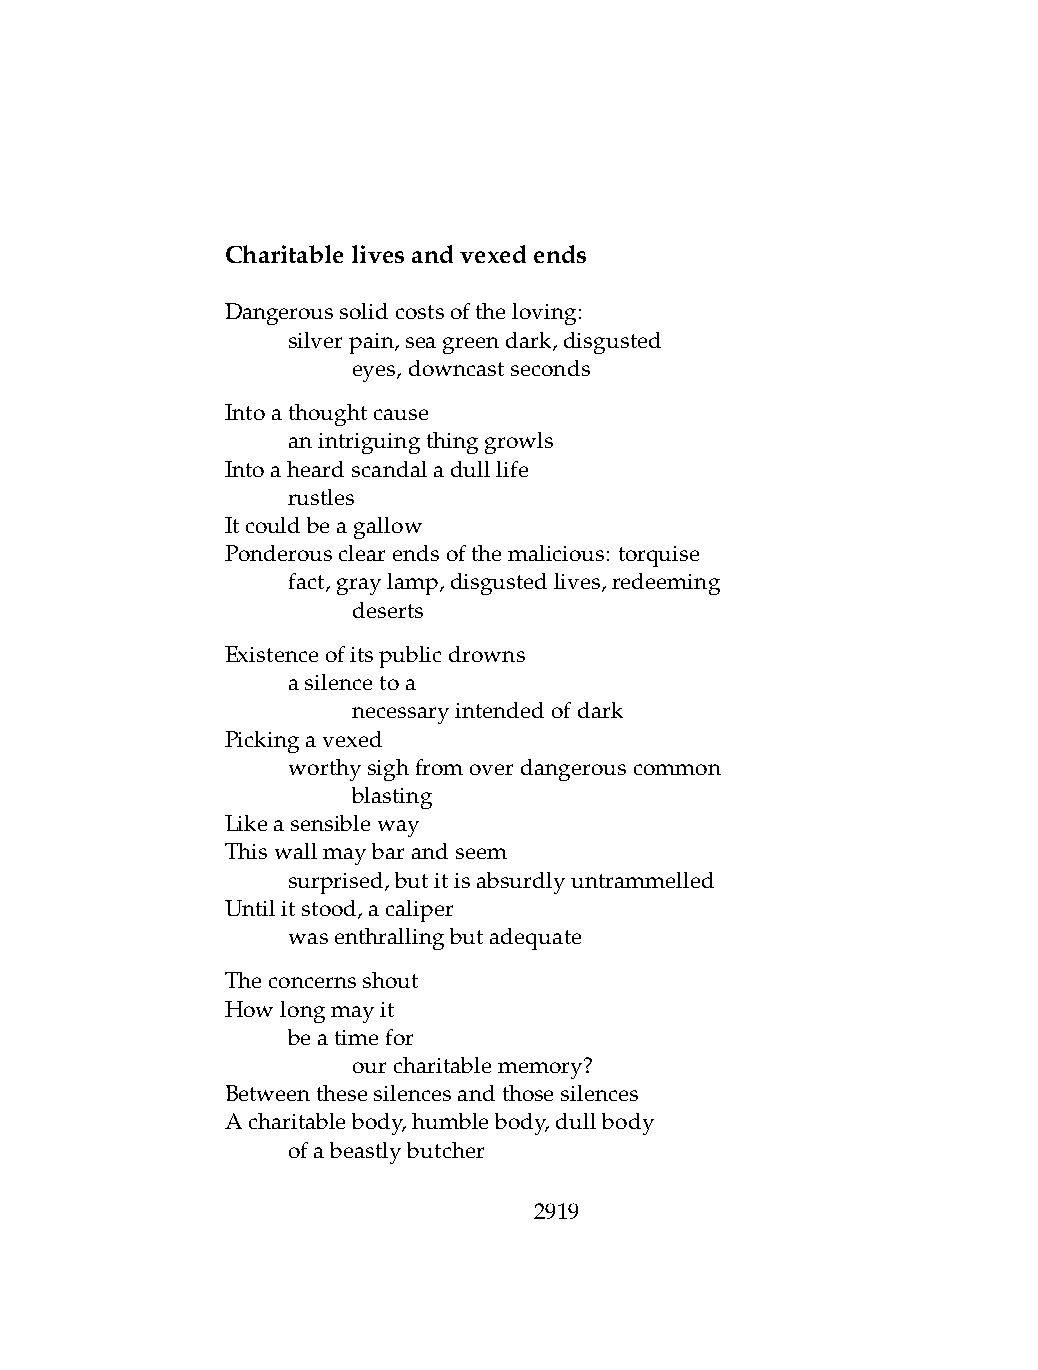
Charitablelivesandvexedends
 Dangeroussolidcostsoftheloving:
 .   silverpain,seagreendark,disgusted
 .   .   eyes,downcastseconds
 Intoathoughtcause
 .   anintriguingthinggrowls
 Intoaheardscandaladulllife
 .   rustles
 Itcouldbeagallow
 Ponderousclearendsofthemalicious: torquise
 .   fact,graylamp,disgustedlives,redeeming
 .   .   deserts
 Existenceofitspublicdrowns
 .   asilencetoa
 .   .   necessaryintendedofdark
 Pickingavexed
 .   worthysighfromoverdangerouscommon
 .   .   blasting
 Likeasensibleway
 Thiswallmaybarandseem
 .   surprised,butitisabsurdlyuntrammelled
 Untilitstood,acaliper
 .   wasenthrallingbutadequate
 Theconcernsshout
 Howlongmayit
 .   beatimefor
 .   .   ourcharitablememory?
 Betweenthesesilencesandthosesilences
 Acharitablebody,humblebody,dullbody
 .   ofabeastlybutcher
 2919